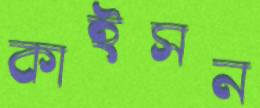
কাইসন